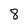
Character: 8